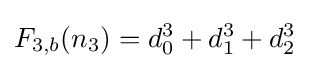
F_{3,b}(n_{3})=d_{0}^{3}+d_{1}^{3}+d_{2}^{3}